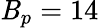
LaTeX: \mathit{B}_{p}=14